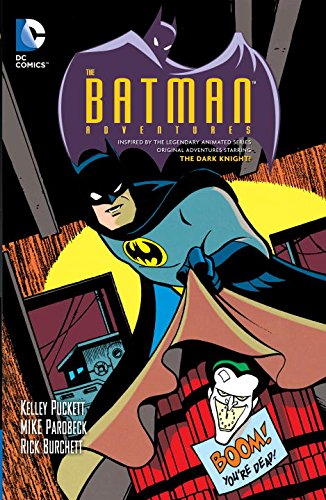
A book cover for Batman Adventures Vol. 2; Kelley Puckett; Children's Books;